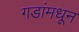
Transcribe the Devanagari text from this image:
गडांमधून